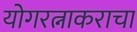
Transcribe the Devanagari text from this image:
योगरत्नाकराचा